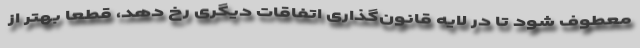
معطوف شود تا در لایه قانون‌گذاری اتفاقات دیگری رخ دهد، قطعا بهتر از